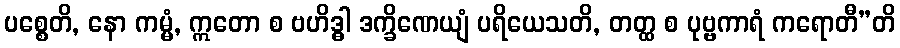
ပစ္စေတိ, နော ကမ္မံ, ဣတော စ ဗဟိဒ္ဓါ ဒက္ခိဏေယျံ ပရိယေသတိ, တတ္ထ စ ပုဗ္ဗကာရံ ကရောတီ”တိ